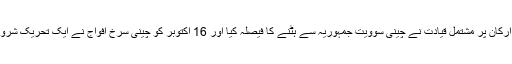
10 اکتوبر 1934ء کو چینی کمیونسٹ پارٹی کے تین ارکان پر مشتمل قیادت نے چینی سوویت جمہوریہ سے ہٹنے کا فیصلہ کیا اور 16 اکتوبر کو چینی سرخ افواج نے ایک تحریک شروع کی جسے بعد میں لانگ مارچ کے نام سے جانا گیا۔